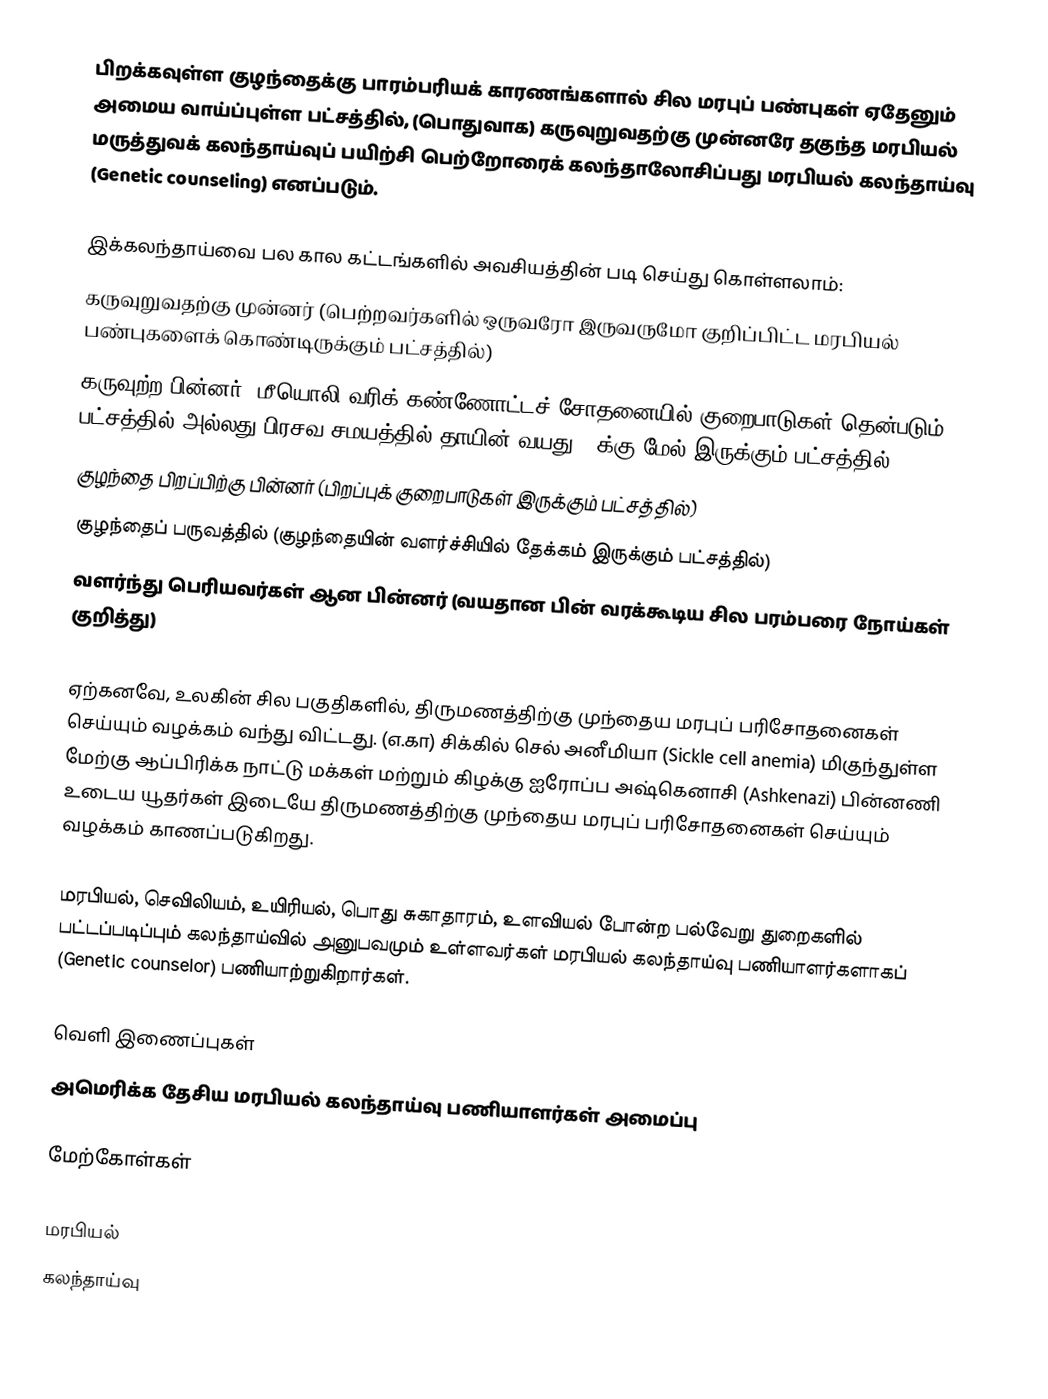
பிறக்கவுள்ள குழந்தைக்கு பாரம்பரியக் காரணங்களால் சில மரபுப் பண்புகள் ஏதேனும் அமைய வாய்ப்புள்ள பட்சத்தில், (பொதுவாக) கருவுறுவதற்கு முன்னரே தகுந்த மரபியல் மருத்துவக் கலந்தாய்வுப் பயிற்சி பெற்றோரைக் கலந்தாலோசிப்பது மரபியல் கலந்தாய்வு (Genetic counseling)  எனப்படும்.

இக்கலந்தாய்வை பல கால கட்டங்களில் அவசியத்தின் படி செய்து கொள்ளலாம்:
 கருவுறுவதற்கு முன்னர் (பெற்றவர்களில் ஒருவரோ இருவருமோ குறிப்பிட்ட மரபியல் பண்புகளைக் கொண்டிருக்கும் பட்சத்தில்)
 கருவுற்ற பின்னர் (மீயொலி வரிக் கண்ணோட்டச் சோதனையில் குறைபாடுகள் தென்படும் பட்சத்தில் அல்லது பிரசவ சமயத்தில் தாயின் வயது 35க்கு மேல் இருக்கும் பட்சத்தில்)
 குழந்தை பிறப்பிற்கு பின்னர் (பிறப்புக் குறைபாடுகள் இருக்கும் பட்சத்தில்)
 குழந்தைப் பருவத்தில் (குழந்தையின் வளர்ச்சியில் தேக்கம் இருக்கும் பட்சத்தில்)
 வளர்ந்து பெரியவர்கள் ஆன பின்னர் (வயதான பின் வரக்கூடிய சில பரம்பரை நோய்கள் குறித்து)

ஏற்கனவே, உலகின் சில பகுதிகளில், திருமணத்திற்கு முந்தைய மரபுப் பரிசோதனைகள் செய்யும் வழக்கம் வந்து விட்டது. (எ.கா) சிக்கில் செல் அனீமியா (Sickle cell anemia) மிகுந்துள்ள மேற்கு ஆப்பிரிக்க நாட்டு மக்கள் மற்றும் கிழக்கு ஐரோப்ப அஷ்கெனாசி (Ashkenazi) பின்னணி உடைய யூதர்கள் இடையே திருமணத்திற்கு முந்தைய மரபுப் பரிசோதனைகள் செய்யும் வழக்கம் காணப்படுகிறது.

மரபியல், செவிலியம், உயிரியல், பொது சுகாதாரம், உளவியல் போன்ற பல்வேறு துறைகளில் பட்டப்படிப்பும் கலந்தாய்வில் அனுபவமும் உள்ளவர்கள் மரபியல் கலந்தாய்வு பணியாளர்களாகப் (Genetic counselor) பணியாற்றுகிறார்கள்.

வெளி இணைப்புகள்
 அமெரிக்க தேசிய மரபியல் கலந்தாய்வு பணியாளர்கள் அமைப்பு

மேற்கோள்கள்

மரபியல்
கலந்தாய்வு